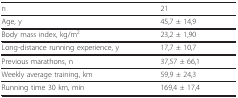
<table><thead><tr><td><b>n</b></td><td><b>21</b></td></tr></thead><tbody><tr><td>Age, y</td><td>45,7 ± 14,9</td></tr><tr><td>Body mass index, kg/m<sup>2</sup></td><td>23,2 ± 1,90</td></tr><tr><td>Long-distance running experience, y</td><td>17,7 ± 10,7</td></tr><tr><td>Previous marathons, n</td><td>37,57 ± 66,1</td></tr><tr><td>Weekly average training, km</td><td>59,9 ± 24,3</td></tr><tr><td>Running time 30 km, min</td><td>169,4 ± 17,4</td></tr></tbody></table>